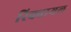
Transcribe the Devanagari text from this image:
रिक्वायल